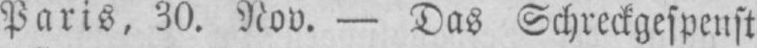
Paris, 30. Nov. - Das Schreckgespenst